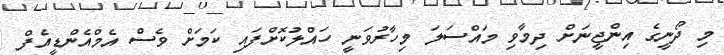
މި ދޯނީގެ އިންޖީނަށް ދިމާވި މައްސަލަ މިހާރުވަނީ ހައްލުކޮށްފައި ކަމަށް ވެސް އެމްއެންޑީއެފް